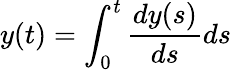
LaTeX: y(t)=\int_{0}^{t}\frac{dy(s)}{ds}ds